Report on vaccination in Madras 1877-1894 - 1877-1894
Year: 1877
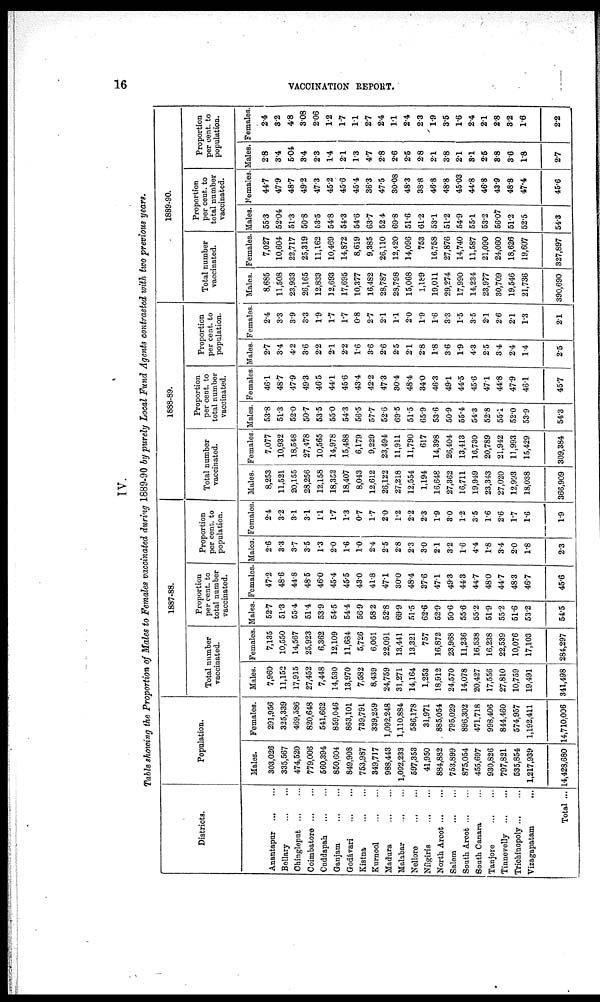
16
VACCINATION REPORT.
IV.
Table showing the Proportion of Males to Females vaccinated during 1889-90 by purely Local Fund Agents contrasted with two previous years.
Districts.
Anantapur ... ...
Bellary
...
...
Chingleput
...
...
Coimbatore
...
...
Cuddapah
...
...
Ganjam
...
...
Godávari
...
...
Kistna
...
...
Kurnool ... ...
Madura
...
...
Malabar ... ...
Nellore ... ...
Nílgiris ... ...
North Arcot ... ...
Salem
...
...
South Arcot ... ...
South Canara ...
Tanjore
...
...
Tinnevelly
...
...
Trichinopoly ... ...
Vizagapatam
...
Total ...
Population.
Males.
303,026
335,567
474,520
779,006
560,394
850,604
849,908
753,987
349,717
988,443
1,092,233
597,353
41,950
884,882
753,899
875,054
455,697
930,826
797,821
535,854
1,217,939
14,428,680
Females.
291,956
325,339
469,586
820,648
541,662
859,046
863,101
739,791
339,259
1,092,248
1,110,884
586,178
31,971
885,054
795,029
896,302
471,718
998,406
844,460
574,957
1,192,411
14,710,006
1887-88.
Total number
vaccinated.
Males.
7,960
11,152
17,915
27,452
7,448
14,530
13,970
7,582
8,439
24,759
31,271
14,164
1,253
18,912
24,570
14,078
20,427
17,556
27,810
10,759
19,491
341,498
Females.
7,135
10,550
14,567
25,923
6,362
12,109
11,684
5,726
6,061
22,091
13,441
13,321
757
16,872
23,968
11,236
16,538
16,238
22,539
10,076
17,103
284,297
Proportion
per cent. to
total number
vaccinated.
Males.
52.7
51.3
55.4
51.4
53.9
54.5
54.4
56.9
58.2
52.8
69.9
51.5
62.6
52.9
50.6
55.6
55.2
51.9
55.2
51.6
53.2
54.5
Females.
47.2
48.6
44.8
48.5
46.0
45.4
45.5
43.0
41.8
47.1
30.0
48.4
37.6
47.1
49.3
44.3
44.7
48.0
44.7
48.3
46.7
45.6
Proportion
per cent. to
population.
Males.
2.6
3.3
3.7
3.5
1.3
2.0
1.6
1.0
2.4
2.5
2.8
2.3
3.0
2.1
3.2
1.6
4.4
1.8
3.4
2.0
1.8
2.3
Females.
2.4
3.2
3.1
3.1
1.1
1.7
1.3
0.7
1.7
2.0
1.2
2.2
2.3
1.9
3.0
1.2
3.5
1.6
2.6
1.7
1.6
1.9
1888-89.
Total number
vaccinated.
Males.
8,253
11,521
20,155
28,256
12,158
18,352
18,407
8,043
12,612
26,122
27,218
12,554
1,194
16,648
27,362
16,711
19,949
23,343
27,020
12,993
18,038
366,909
Females.
7,077
10,932
18,548
27,478
10,565
14,978
15,488
6,179
9,229
23,494
11,911
11,790
617
14,398
26,404
13,413
16,730
20,789
21,942
11,993
15,429
309,384
Proportion
per cent. to
total number
vaccinated.
Males.
53.8
51.3
52.0
50.7
53.5
55.0
54.3
56.5
57.7
52.6
69.5
51.5
65.9
53.6
50.9
55.4
54.3
52.8
55.1
52.0
53.9
54.3
Females.
46.1
48.7
47.9
49.3
46.5
44.1
45.6
43.4
42.2
47.3
30.4
48.4
34.0
46.3
49.1
44.5
45.6
47.1
44.8
47.9
46.1
45.7
Proportion
per cent. to
population.
Males.
2.7
3.4
4.2
3.6
2.2
2.1
2.2
1.6
3.6
2.6
2.5
2.1
2.8
1.8
3.6
1.9
4.3
2.5
3.4
2.4
1.4
2.5
Females.
2.4
3.3
3.9
3.3
1.9
1.7
1.7
0.8
2.7
2.1
1.1
2.0
1.9
1.6
3.3
1.5
3.5
2.1
2.6
2.1
1.3
2.1
1889-90.
Total number
vaccinated.
Males.
8,685
11,508
23,933
26,165
12,833
12,693
17,695
10,377
16,482
28,787
28,798
15,068
1,189
19,011
29,274
17,990
14,234
23,977
30,709
19,546
21,736
390,690
Females.
7,027
10,604
22,717
25,319
11,162
10,469
14,872
8,619
9,385
26,110
12,420
14,096
753
16,758
27,876
14,740
11,587
21,090
24,060
18,626
19,607
327,897
Proportion
per cent. to
total number
vaccinated.
Males.
55.3
52.04
51.3
50.8
53.5
54.8
54.3
54.6
63.7
52.4
69.8
51.6
61.2
53.1
51.2
54.9
55.1
53.2
56.07
51.2
52.5
54.3
Females.
44.7
47.9
48.7
49.2
47.3
45.2
45.6
45.4
36.3
47.5
30.08
48.3
38.8
46.8
48.8
45.03
44.8
46.8
43.9
48.8
47.4
45.6
Proportion
per cent. to
population.
Males.
2.8
3.4
5.04
3.4
2.3
1.4
2.1
1.3
4.7
2.8
2.6
2.5
2.8
2.1
3.8
2.1
3.1
2.5
3.8
3.6
1.8
2.7
Females.
2.4
3.2
4.8
3.08
2.06
1.2
1.7
1.1
2.7
2.4
1.1
2.4
2.3
1.9
3.5
1.6
2.4
2.1
2.8
3.2
1. 6
2.2